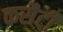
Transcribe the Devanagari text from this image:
कसैटी